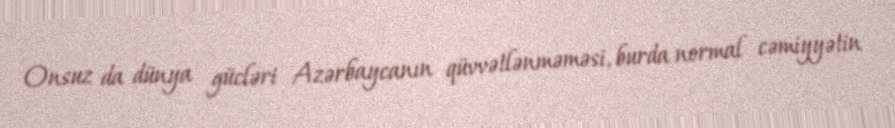
Onsuz da dünya gücləri Azərbaycanın qüvvətlənməməsi, burda normal cəmiyyətin